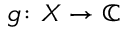
g \colon X \rightarrow \mathbb { C }